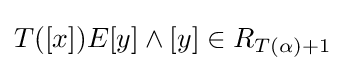
T([x])E[y]\wedge [y]\in R_{T(\alpha )+1}